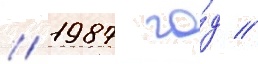
/ 1987 го́д //